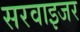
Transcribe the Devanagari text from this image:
सरवाइजर